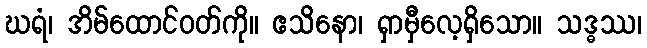
ဃရံ၊ အိမ်ထောင်ဝတ်ကို။ ဧသိနော၊ ရှာမှီလေ့ရှိသော။ သဒ္ဓဿ၊